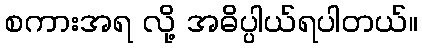
စကားအရ လို့ အဓိပ္ပါယ်ရပါတယ်။